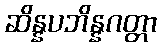
ဆိန္နပဘိန္နဂတ္တာ